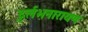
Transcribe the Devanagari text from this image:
दुर्लभनारायण